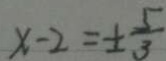
x - 2 = \pm \frac { 5 } { 3 }